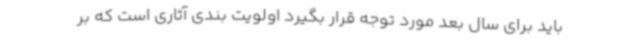
باید برای سال بعد مورد توجه قرار بگیرد اولویت بندی آثاری است که بر